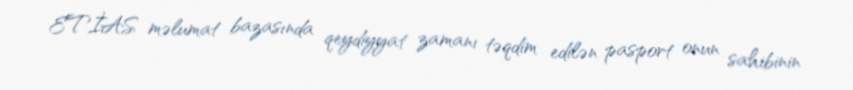
ETİAS məlumat bazasında qeydiyyat zamanı təqdim edilən pasport onun sahibinin